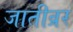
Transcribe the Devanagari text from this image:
जातीव्रर